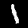
Label: 1